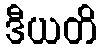
ဒီယတိ